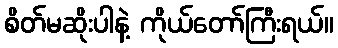
စိတ်မဆိုးပါနဲ့ ကိုယ်တော်ကြီးရယ်။